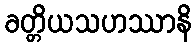
ခတ္တိယသဟဿာနိ